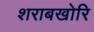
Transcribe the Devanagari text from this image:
शराबखोरि